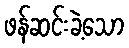
ဖန်ဆင်းခဲ့သော